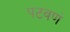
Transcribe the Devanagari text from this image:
पटवणं